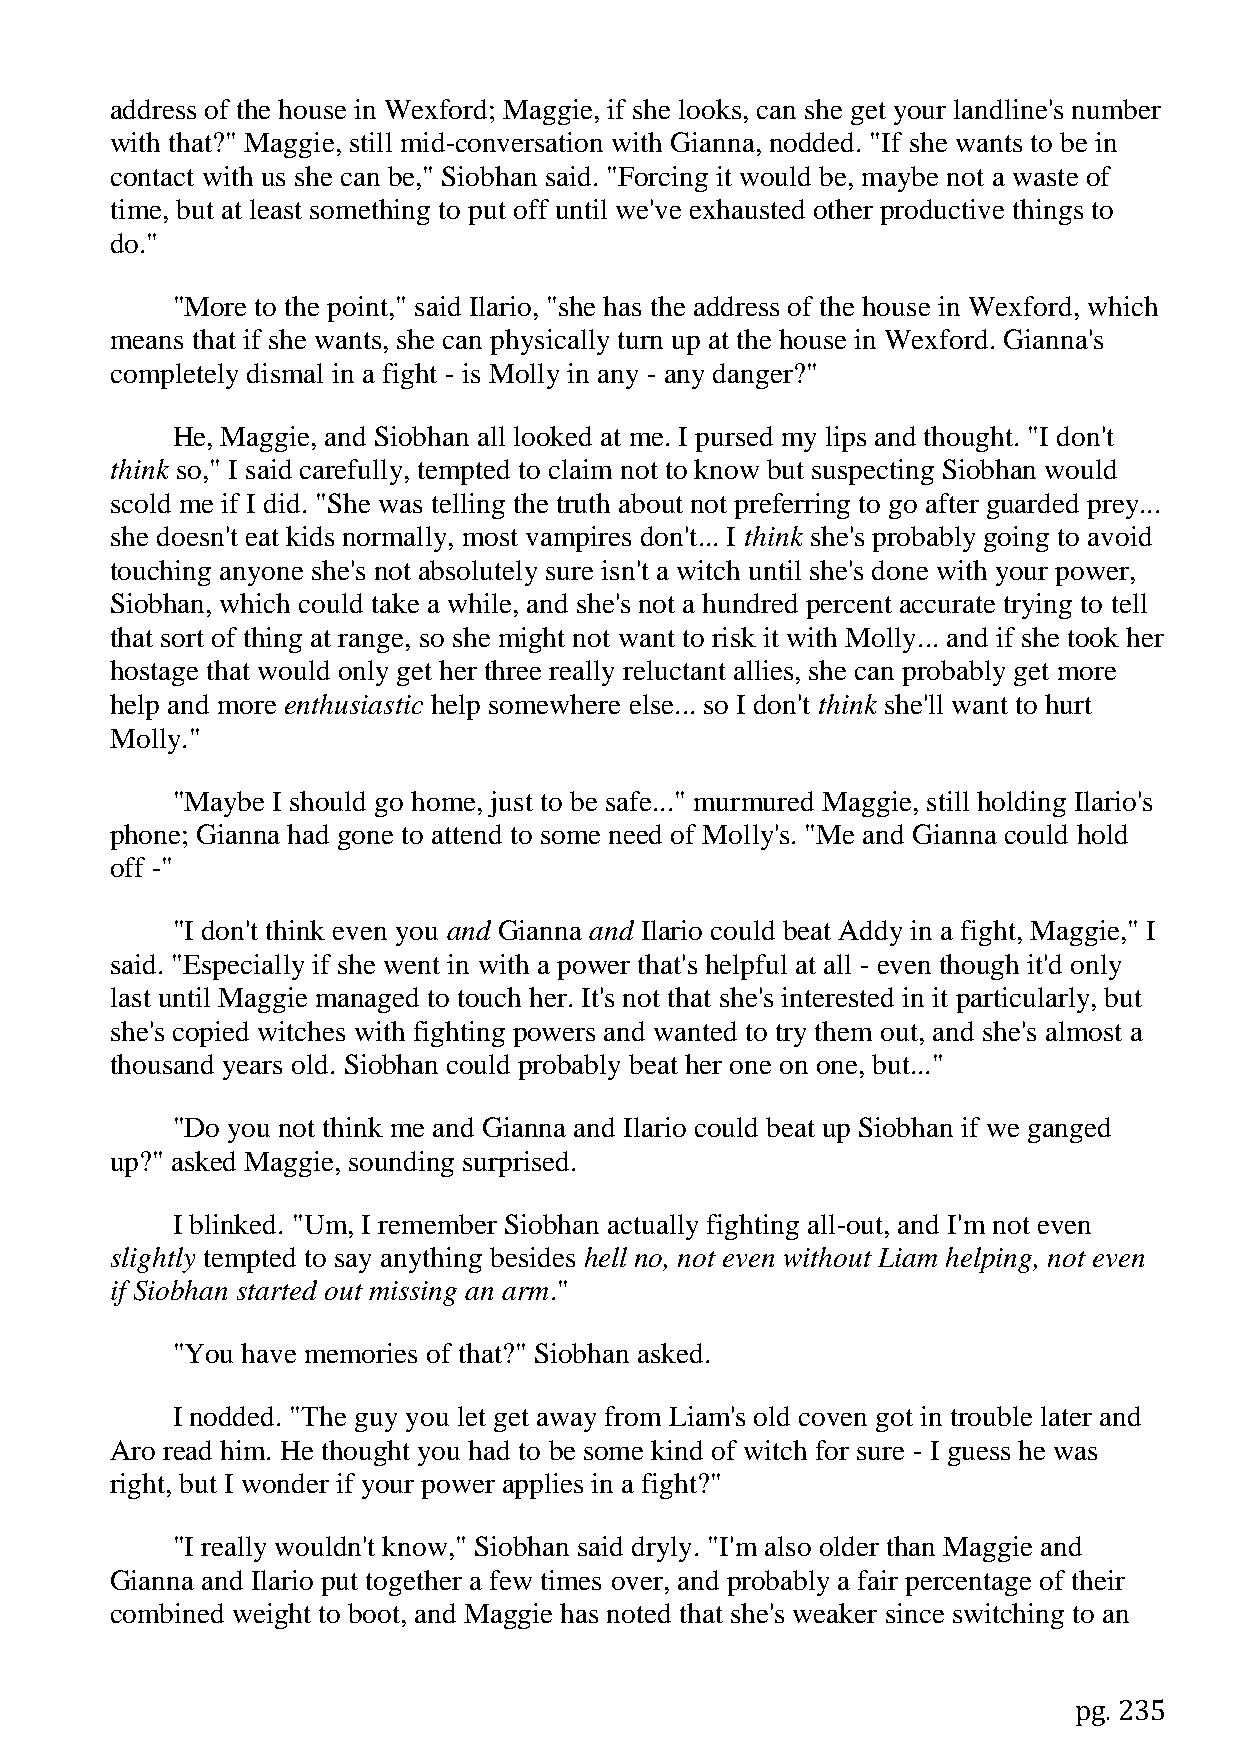
address of the house in Wexford; Maggie, if she looks, can she get your landline's number
 with that?" Maggie, still mid-conversation with Gianna, nodded. "If she wants to be in
 contact with us she can be," Siobhan said. "Forcing it would be, maybe not a waste of
 time, but at least something to put off until we've exhausted other productive things to
 do."
 "More to the point," said Ilario, "she has the address of the house in Wexford, which
 means that if she wants, she can physically turn up at the house in Wexford. Gianna's
 completely dismal in a fight - is Molly in any - any danger?"
 He, Maggie, and Siobhan all looked at me. I pursed my lips and thought. "I don't
 think so," I said carefully, tempted to claim not to know but suspecting Siobhan would
 scold me if I did. "She was telling the truth about not preferring to go after guarded prey...
 she doesn't eat kids normally, most vampires don't... I think she's probably going to avoid
 touching anyone she's not absolutely sure isn't a witch until she's done with your power,
 Siobhan, which could take a while, and she's not a hundred percent accurate trying to tell
 that sort of thing at range, so she might not want to risk it with Molly... and if she took her
 hostage that would only get her three really reluctant allies, she can probably get more
 help and more enthusiastic help somewhere else... so I don't think she'll want to hurt
 Molly."
 "Maybe I should go home, just to be safe..." murmured Maggie, still holding Ilario's
 phone; Gianna had gone to attend to some need of Molly's. "Me and Gianna could hold
 off -"
 "I don't think even you and Gianna and Ilario could beat Addy in a fight, Maggie," I
 said. "Especially if she went in with a power that's helpful at all - even though it'd only
 last until Maggie managed to touch her. It's not that she's interested in it particularly, but
 she's copied witches with fighting powers and wanted to try them out, and she's almost a
 thousand years old. Siobhan could probably beat her one on one, but..."
 "Do you not think me and Gianna and Ilario could beat up Siobhan if we ganged
 up?" asked Maggie, sounding surprised.
 I blinked. "Um, I remember Siobhan actually fighting all-out, and I'm not even
 slightly tempted to say anything besides hell no, not even without Liam helping, not even
 if Siobhan started out missing an arm."
 "You have memories of that?" Siobhan asked.
 I nodded. "The guy you let get away from Liam's old coven got in trouble later and
 Aro read him. He thought you had to be some kind of witch for sure - I guess he was
 right, but I wonder if your power applies in a fight?"
 "I really wouldn't know," Siobhan said dryly. "I'm also older than Maggie and
 Gianna and Ilario put together a few times over, and probably a fair percentage of their
 combined weight to boot, and Maggie has noted that she's weaker since switching to an
 pg. 235